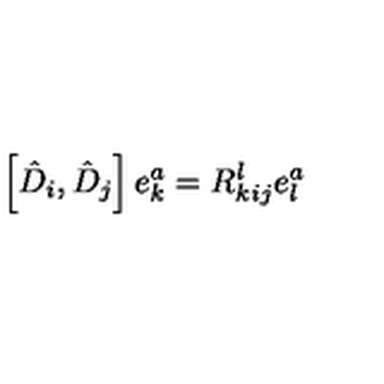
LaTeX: \left[ \hat { D } _ { i } , \hat { D } _ { j } \right] e _ { k } ^ { a } = R _ { k i j } ^ { l } e _ { l } ^ { a }